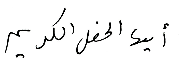
أيها الحفل الكريم